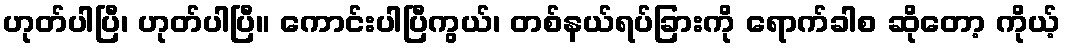
ဟုတ်ပါပြီ၊ ဟုတ်ပါပြီ။ ကောင်းပါပြီကွယ်၊ တစ်နယ်ရပ်ခြားကို ရောက်ခါစ ဆိုတော့ ကိုယ့်